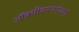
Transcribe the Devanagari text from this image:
ऑक्सीकरणरोधकों